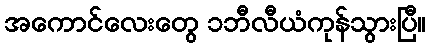
အကောင်လေးတွေ ၁ဘီလီယံကုန်သွားပြီ။